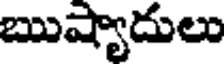
ఋష్యాదులు